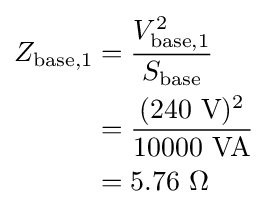
{\begin{aligned}Z_{\text{base,1}}&={\frac {V_{\text{base,1}}^{2}}{S_{\text{base}}}}\\&={\frac {(240{\text{ V}})^{2}}{10000{\text{ VA}}}}\\&={\text{5.76 }}\Omega \\\end{aligned}}